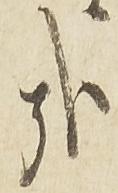
哉